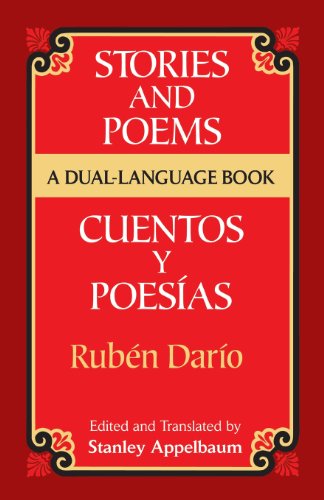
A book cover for Stories and Poems/Cuentos y PoesÃ­as: A Dual-Language Book (Dover Dual Language Spanish); RubÃ©n DarÃ­o; Literature & Fiction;